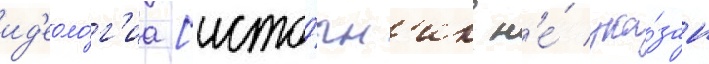
ид'еоло́г'иа [исто́чн'ик н'е́ ука́зан